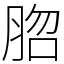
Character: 脗